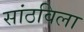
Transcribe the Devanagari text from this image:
सांठविला